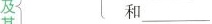
及 和___